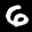
Label: 6